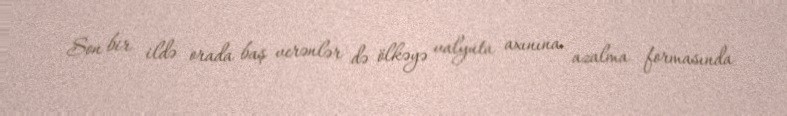
Son bir ildə orada baş verənlər də ölkəyə valyuta axınına azalma formasında